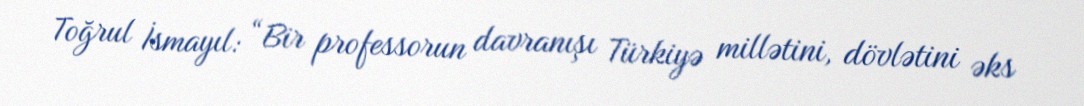
Toğrul İsmayıl: “Bir professorun davranışı Türkiyə millətini, dövlətini əks